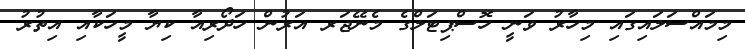
މިމައްސަލައިގައި މިހާރު ވަނީ ހޮސްޕިޓަލްގެ މެނޭޖަރ އަރުން ހަދޯރިއާ ކިޔާ މީހަކާއި އިތުރު